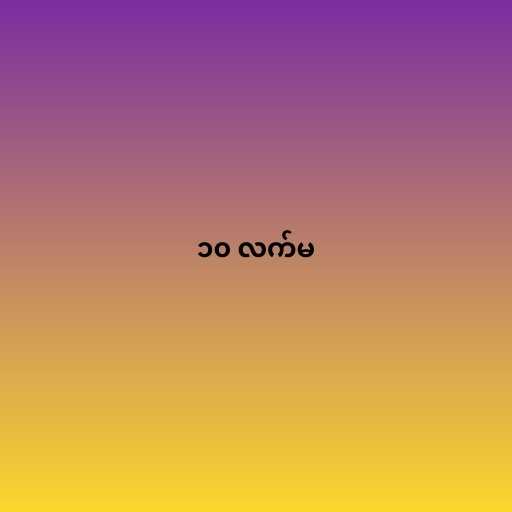
၁၀ လက်မ